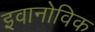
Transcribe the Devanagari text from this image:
इवानोविक